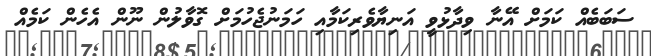
ސަބަބެއް ކަމަށް އޭނާ ވިދާޅުވީ އަނިޔާވެރިކަމާއި ހަމަނުޖެހުމަށް ގޮވާލުން ނޫން އެހެން ކަމެއް